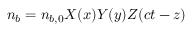
n _ { b } = n _ { b , 0 } X ( x ) Y ( y ) Z ( c t - z )